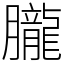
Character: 朧